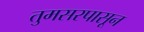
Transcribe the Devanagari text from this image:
तुमसरपासून